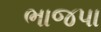
ભાજપા